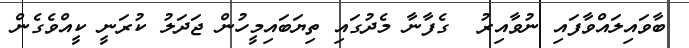
ބާވައިލައްވާފައި ނުވާއިރު  ގެފާނާ މެދުގައި ތިޔަބައިމީހުން ޖަދަލު ކުރަނީ ކީއްވެގެން